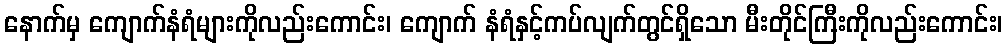
နောက်မှ ကျောက်နံရံများကိုလည်းကောင်း၊ ကျောက် နံရံနှင့်ကပ်လျက်တွင်ရှိသော မီးတိုင်ကြီးကိုလည်းကောင်း၊